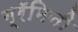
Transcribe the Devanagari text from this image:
ग्रॅमिनी